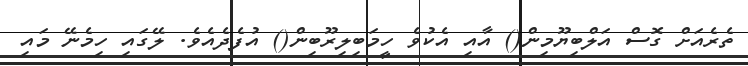
ތެރެއަށް ގޮސް އަލްބިޔޫމިން() އާއި އެކުވެ ހީމަބިލިރޫބިން() އުފެދެއެވެ. ލޭގައި ހިމެނޭ މައި